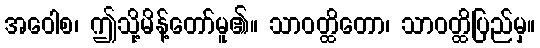
အဝေါစ၊ ဤသို့မိန့်တော်မူ၏။ သာဝတ္ထိတော၊ သာဝတ္ထိပြည်မှ။